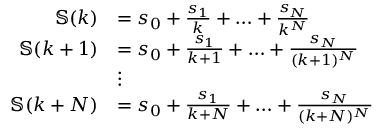
\begin{array} { r l } { \mathbb { S } ( k ) } & { = s _ { 0 } + \frac { s _ { 1 } } { k } + \hdots + \frac { s _ { N } } { k ^ { N } } } \\ { \mathbb { S } ( k + 1 ) } & { = s _ { 0 } + \frac { s _ { 1 } } { k + 1 } + \hdots + \frac { s _ { N } } { ( k + 1 ) ^ { N } } } \\ & { \vdots } \\ { \mathbb { S } ( k + N ) } & { = s _ { 0 } + \frac { s _ { 1 } } { k + N } + \hdots + \frac { s _ { N } } { ( k + N ) ^ { N } } } \end{array}